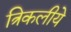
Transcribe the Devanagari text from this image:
त्रिकलीये